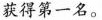
得第一名。